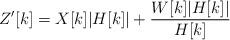
LaTeX: \begin{align*}Z'[k] = X[k]|H[k]| + \frac{W[k]|H[k]|}{H[k]}\end{align*}